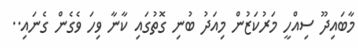
މާބައިދޫ ސިއްހީ މަރުކަޒުން މިއަދު ބުނި ގޮތުގައި ކާނާ ވިހަ ވެގެން ގެނައި..